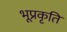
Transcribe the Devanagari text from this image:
भूप्रकृति